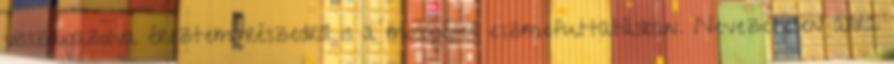
visszaigazolva éreztem részedről is a mosógépes eszmefuttatásban. Nevezetesen arra